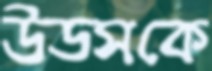
উডসকে